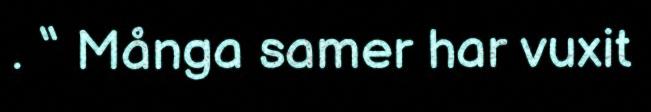
. “ Många samer har vuxit